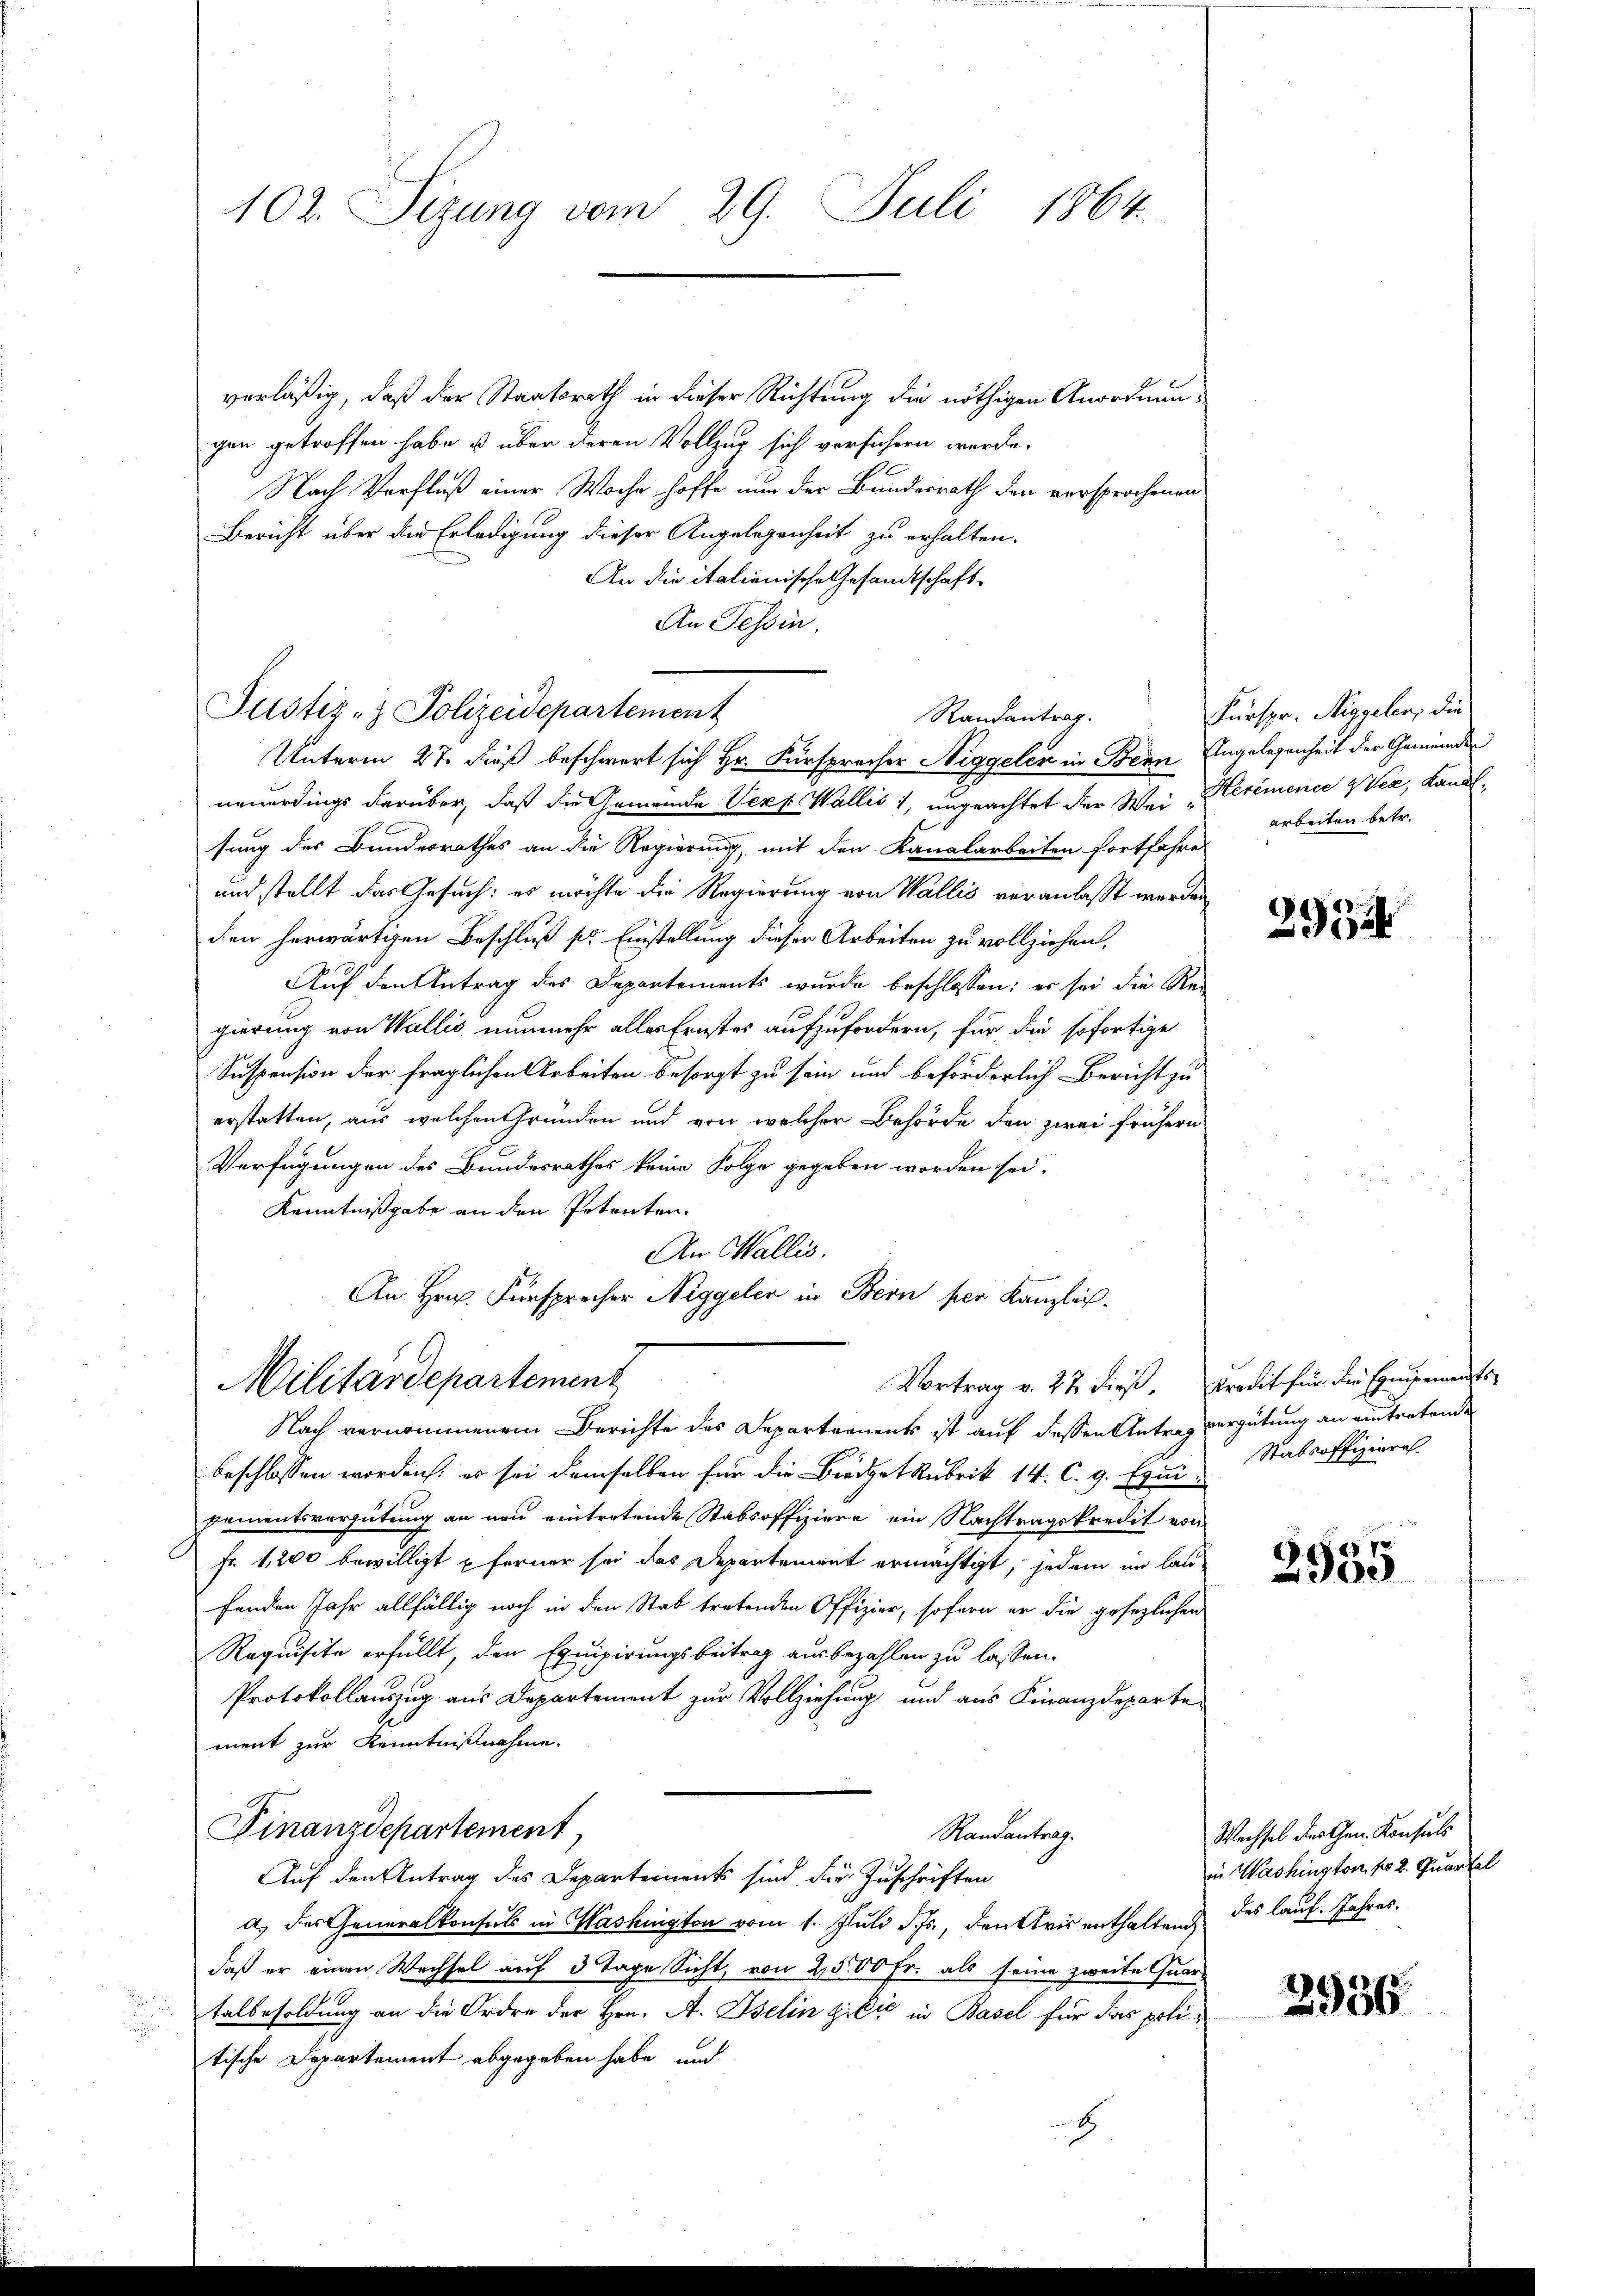
102. Sizung vom 29. Juli 1864.

verläßig, daß der Staatsrath in dieser Richtung die nöthigen Anordnungen getroffen habe u über deren Vollzug sich verführen werde.
Nach Verfluß einer Woche hoffe nun der Bundesrath den versprochenen
Bericht über die Erledigung dieser Angelegenheit zu erhalten.
An die italionische Gesandtschaft
An Tessin.
Randantrag.
Unterm 27. dieß beschwert sich Hr. Fürsprecher Niggelen in Bern Angelegenheit der Gemeindes
neuerdings darüber, daß die Gemeinde Verf. Wallis 1, ungeachtet der Weierémence GVea, Landlsung des Bundesrathes an die Regierung, mit den Kanalarbeiten fortfahre
und stellt das Gesuch: es möchte die Regierung von Wallis veranlasst werden
den herwärtigen Beschluß pr Einstellung dieser Arbeiten zu vollziehen,
Auf den Antrag des Departements wurde beschlossen: es sei die Rei
gierung von Wallis nunmehr alles Ernstes aufzufordern, für die sofortige
Suspension der fraglichen Arbeiten besorgt zu sein und beförderlich Bericht zu
erstatten, aus welchen Gründen und von welcher Behörde den zwei frühern
Verfügungen des Bundesrathes keine Folge gegeben worden sei.
Kenntnißgabe an den Petenten.
An Wallis.
An Hrn. Fürspracher Niggeler in Bern per Kanzlich.
Militärdepartement
Vortrag v. 27. dieß. Kredit für die Ehengements-
Nach vernommenem Berichte des Departements ist auf dessen Antrag vergütung an eintretende
beschlossen worden, es sei demselben für die Budget Rubrik 14. C. g. Equi, Stabsoffizieres
pementsvergütung an neu eintretende Stabsoffiziere ein Nachtragskredit von
Fr. 1,200 bewilligt ferner sei das Departement ermächtigt, jedem im lau
fenden Jahr allfällig noch in den Stad tretenden Offizier, sofern er die gesezlichen
Requisita erfüllt, den Equipirungsbeitrag ausbezahlen zu lassen.
Protokollauszug aus Departement zur Vollziehung und aus Finanzdepartement zur Kenntnißnahme.
Finanzdepartement
Randantrag.
Auf den Antrag des Departements sind die Zuschriften
a.) des Generalkonsuls in Washington vom 1. Juli d. Js., denkvis enthaltend des lauf. Jahresdaß er einen Wechsel auf 3 Tage Sicht, von 2500 Fr. als seine zweite Quare
talbesoldung an die Ordre der Hrn. A. Iselin gilio in Basel für das poli¬

tische Departement abgegeben habe, und
H

Justiz- & Polizeidepartement

Kurser. Riggeler, die
arbeiten betr.

2954

2935

Wechsel der Gen. Konsuls
in Washington, pr 2. Quartal

2936